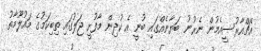
އެޗްއާރުސީއެމުން ނެރުނު ބަޔާނެއްގައި ބުނީ އެ ކުދިން މާފުށީ ޖަލުގައި ތިބިކަމުގެ މައުލޫމާތު